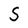
Character: S